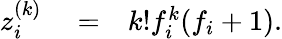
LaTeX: \begin{array}{rlr}{z_{i}^{(k)}}&{{}=}&{k!f_{i}^{k}(f_{i}+1).}\end{array}